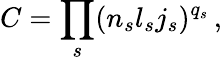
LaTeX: C=\prod_{s}(n_{s}l_{s}j_{s})^{q_{s}}\, ,